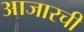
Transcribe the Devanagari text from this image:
आजारची